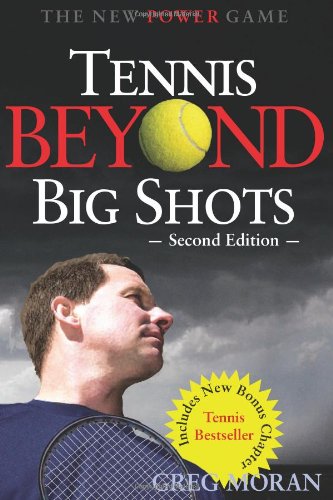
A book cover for Tennis Beyond Big Shots; Greg Moran; Sports & Outdoors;